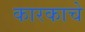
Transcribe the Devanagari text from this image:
कारकाचे